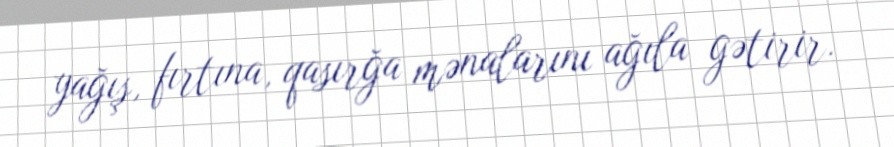
yağış, fırtına, qasırğa mənalarını ağıla gətirir.